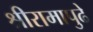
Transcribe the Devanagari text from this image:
श्रीरामापुढे